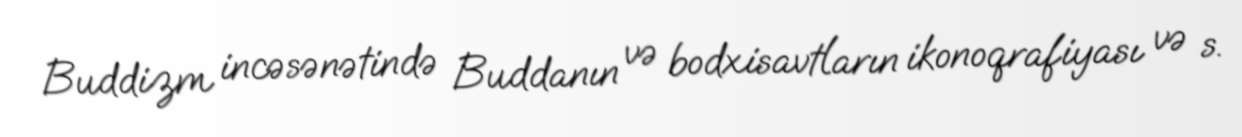
Buddizm incəsənətində Buddanın və bodxisavtların ikonoqrafiyası və s.